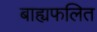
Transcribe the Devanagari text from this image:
बाह्यफलित